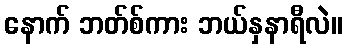
နောက် ဘတ်စ်ကား ဘယ်နှနာရီလဲ။